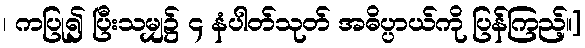
၊ ကပြု၍ ပြီးသမျှ၌ ၄ နံပါတ်သုတ် အဓိပ္ပာယ်ကို ပြန်ကြည့်။]